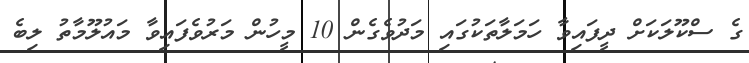
ގެ ސްކޫލަކަށް ދީފައިވާ ހަމަލާތަކުގައި މަދުވެގެން 10 މީހުން މަރުވެފައިވާ މައުލޫމާތު ލިބެ